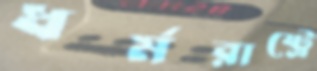
ধর্মরাষ্ট্রে